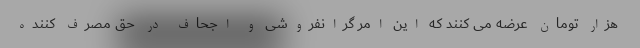
هزار تومان عرضه می کنند که این امر‌ گرانفروشی و اجحاف در حق مصرف کننده